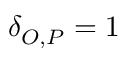
\delta _ { O , P } = 1